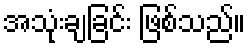
အသုံးချခြင်း ဖြစ်သည်။